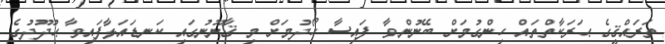
ތަރައްޤީގެ ޙަރަކާތްތައް ހިންގުމަށް ބޭނުންވާ ފައިސާ ހޯދުމަށް މި ޤާނޫނުގައި ކަނޑައަޅާފައިވާ ޙުދޫދުގެ